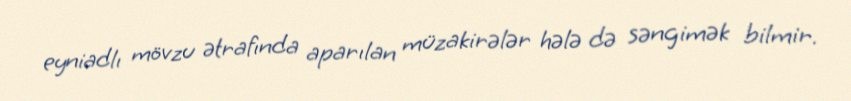
eyniadlı mövzu ətrafında aparılan müzakirələr hələ də səngimək bilmir.